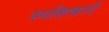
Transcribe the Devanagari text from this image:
स्पशिकाएँ